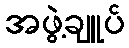
အဖွဲ့ချူပ်